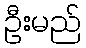
ဦးမည်